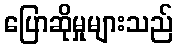
ပြောဆိုမှုများသည်